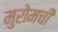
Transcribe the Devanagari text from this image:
मुरोमची